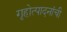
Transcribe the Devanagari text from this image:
गृहोत्पादनांची